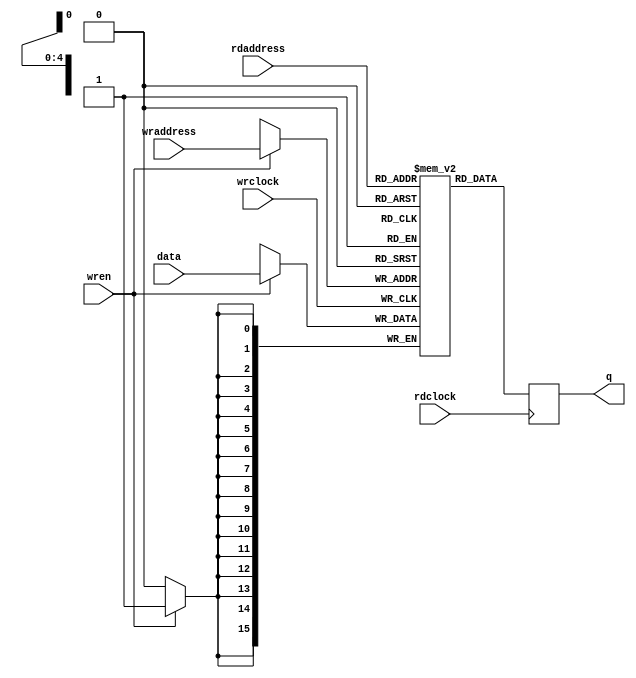
module ram_16x32_dp
	(
	input	[15:0]		data,
	input			wren,
	input	[4:0]		wraddress,
	input	[4:0]		rdaddress,
	input			wrclock,
	input			rdclock,
	output	reg	[15:0]	q 
	);
reg	[15:0]	mem_a [0:31];
always @(posedge wrclock) if(wren) mem_a[wraddress] <= data;
always @(posedge rdclock) q <= mem_a[rdaddress];
endmodule